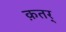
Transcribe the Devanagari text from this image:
क़त़र्